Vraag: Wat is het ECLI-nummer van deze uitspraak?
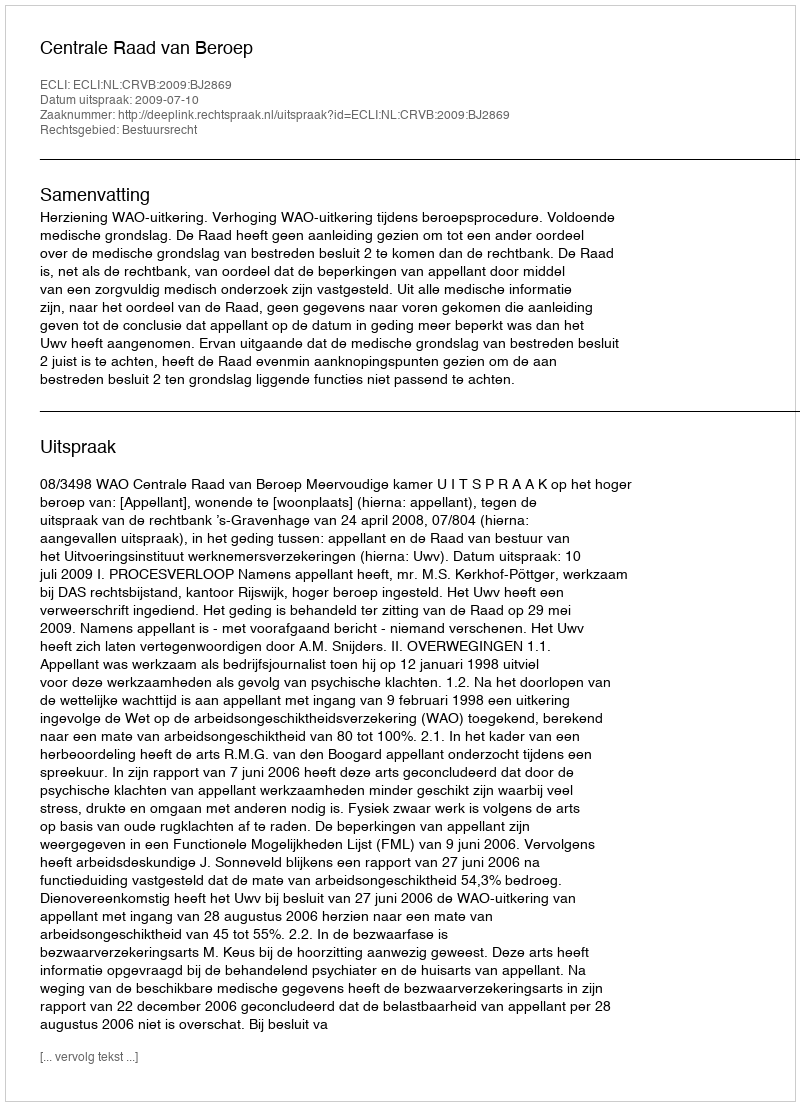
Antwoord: ECLI:NL:CRVB:2009:BJ2869